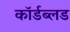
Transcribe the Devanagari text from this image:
कॉर्डब्लड